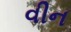
વીન